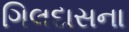
ગિલદાસના